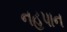
નહપાન